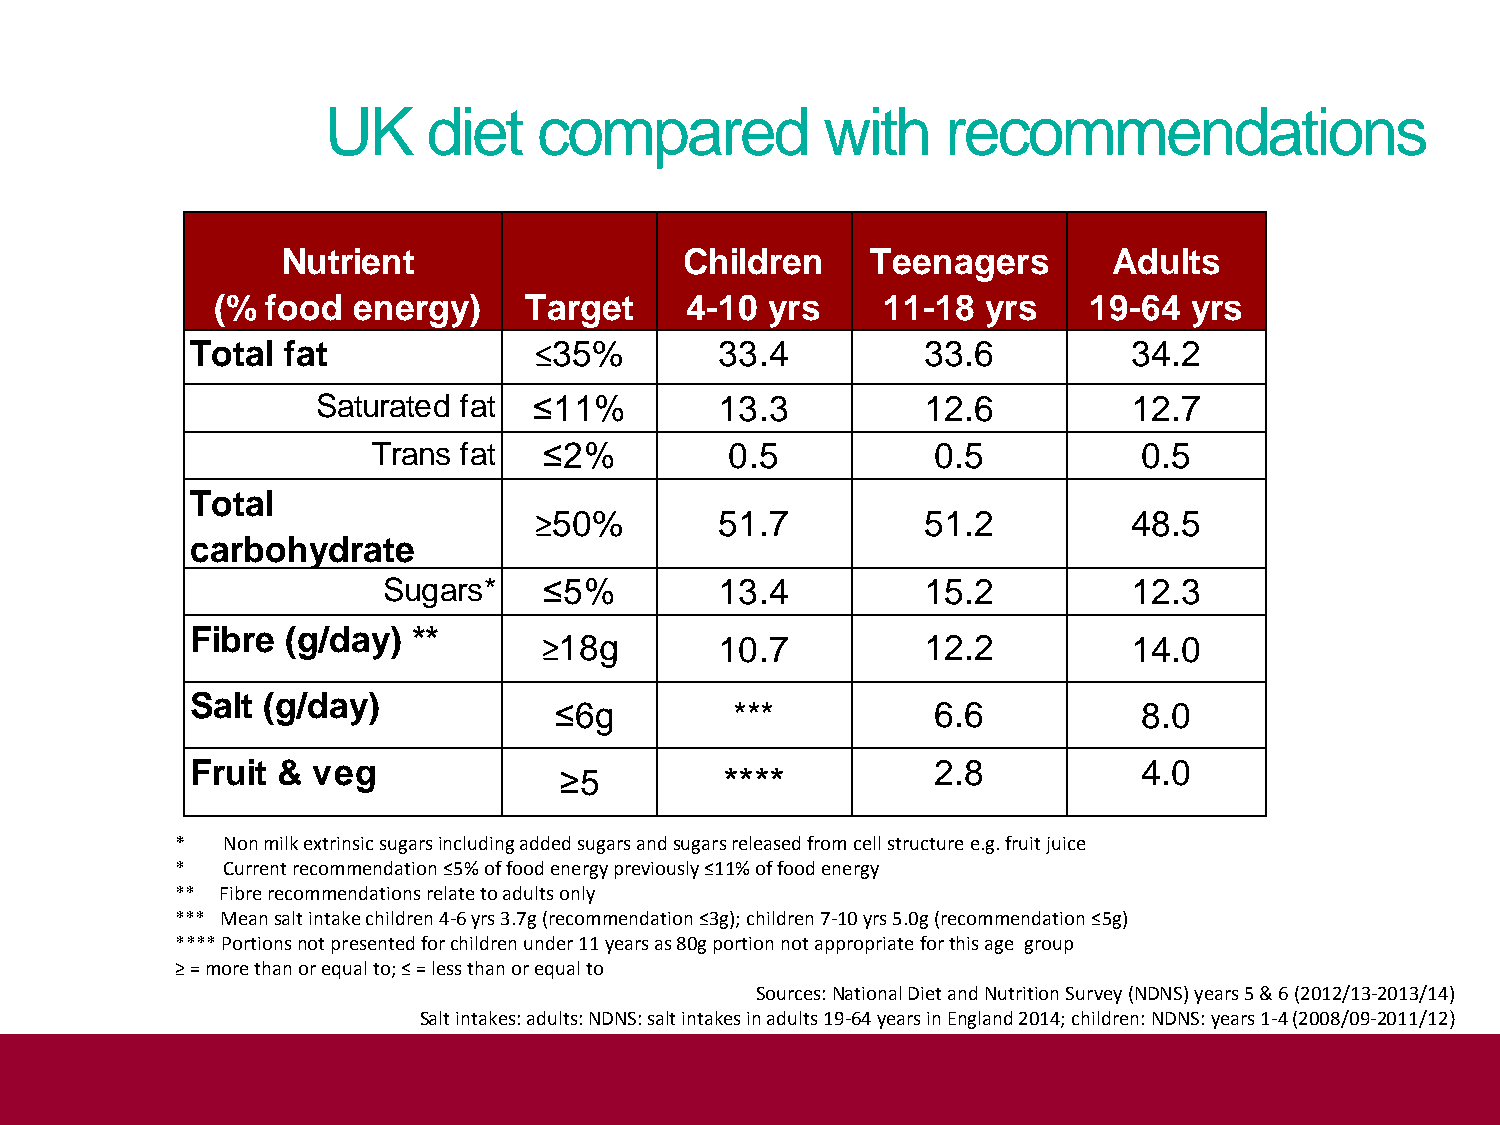
UK    diet    compared           with    recommendations
 Nutrient                  Children     Teenagers       Adults
 (%  food energy)     Target    4-10  yrs    11-18  yrs    19-64  yrs
 Total fat             ≤35%         33.4         33.6          34.2
 Saturated fat ≤11%         13.3         12.6          12.7
 Trans fat  ≤2%         0.5           0.5           0.5
 Total
 ≥50%         51.7         51.2          48.5
 carbohydrate
 Sugars*    ≤5%         13.4         15.2          12.3
 Fibre (g/day) **
 ≥18g        10.7         12.2          14.0
 Salt (g/day)
 ≤6g         ***          6.6           8.0
 Fruit & veg                                      2.8           4.0
 ≥5         ****
 *  Non milk extrinsic sugars including added sugars and sugars released from cell structure e.g. fruit juice
 *  Current recommendation ≤5% of food energy previously ≤11% of food energy
 ** Fibre recommendations relate to adults only
 *** Mean salt intake children 4-6 yrs 3.7g (recommendation ≤3g); children 7-10 yrs 5.0g (recommendation ≤5g)
 **** Portions not presented for children under 11 years as 80g portion not appropriate for this age group
 ≥ = more than or equal to; ≤ = less than or equal to
 Sources: National Diet and Nutrition Survey (NDNS) years 5 & 6 (2012/13-2013/14)
 Salt intakes: adults: NDNS: salt intakes in adults 19-64 years in England 2014; children: NDNS: years 1-4 (2008/09-2011/12)